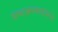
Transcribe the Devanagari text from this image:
शब्दभ्रमकारांमध्ये